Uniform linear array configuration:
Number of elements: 48
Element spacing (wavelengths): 0.25
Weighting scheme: cosine
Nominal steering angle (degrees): -15
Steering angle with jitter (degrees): -14.727
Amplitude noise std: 0.05
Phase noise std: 0.05

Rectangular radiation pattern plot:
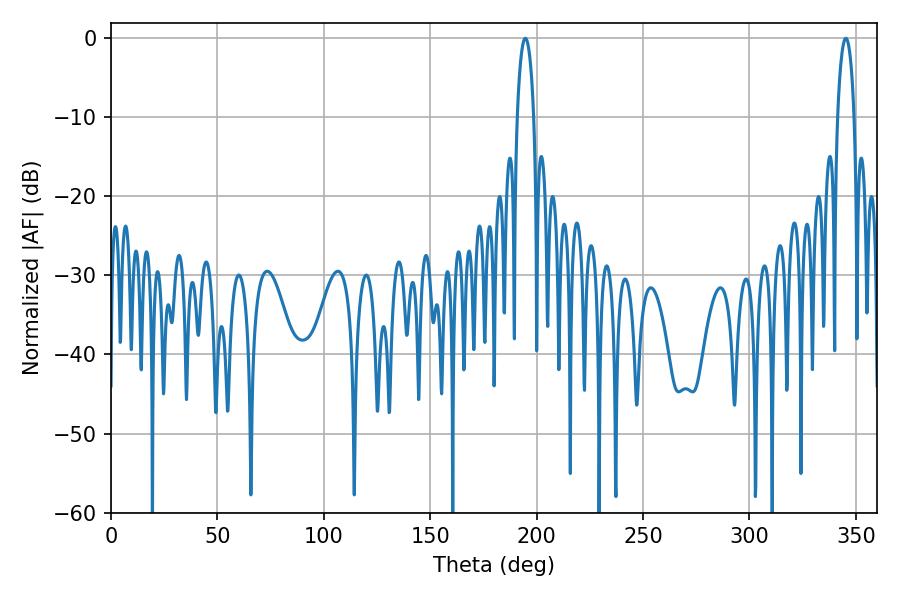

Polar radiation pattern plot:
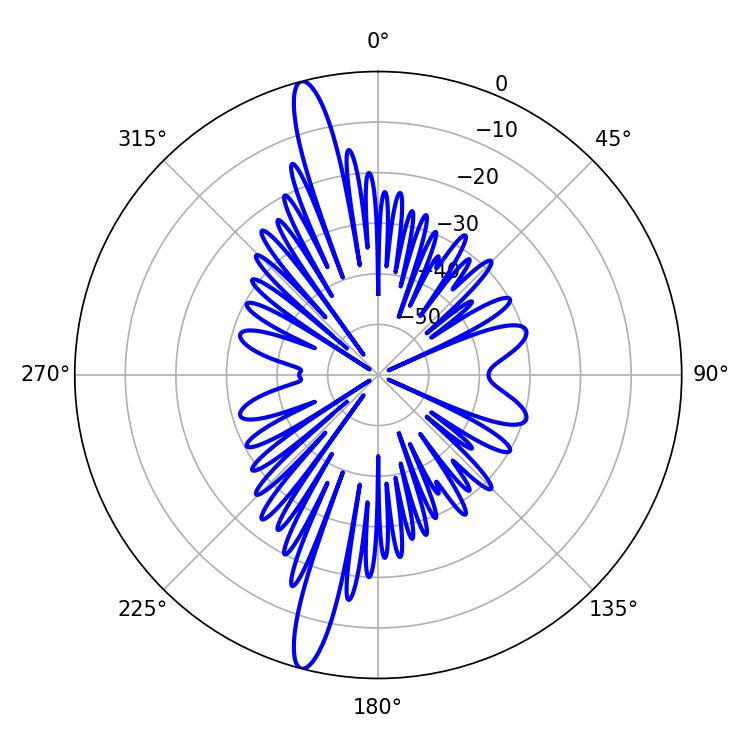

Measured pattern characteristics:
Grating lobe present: FALSE
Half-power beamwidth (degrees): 4.32
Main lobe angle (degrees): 194.76